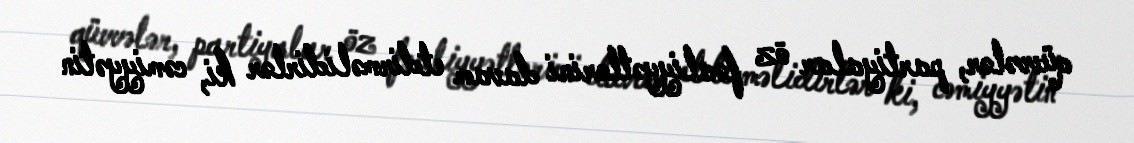
qüvvələr, partiyalar öz fəaliyyətlərini davam etdirməlidirlər ki, cəmiyyətin